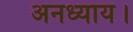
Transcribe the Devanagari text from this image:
अनध्याय।